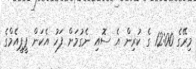
މިރޭގެ 12:00 ގެ ކުރިން އެ ސޮއި ނެގުމަށް ފަހު އެކަން ޕީޕީއެމްގެ